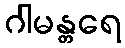
ဂါမန္တရေ